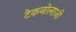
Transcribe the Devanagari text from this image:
टेकनोलाजी